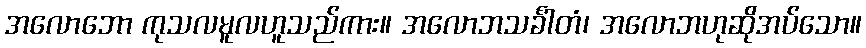
အလောဘော ကုသလမူလဟူသည်ကား။ အလောဘသင်္ခါတံ၊ အလောဘဟုဆိုအပ်သော။